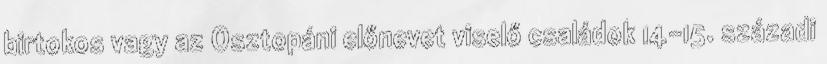
birtokos vagy az Osztopáni előnevet viselő családok 14-15. századi